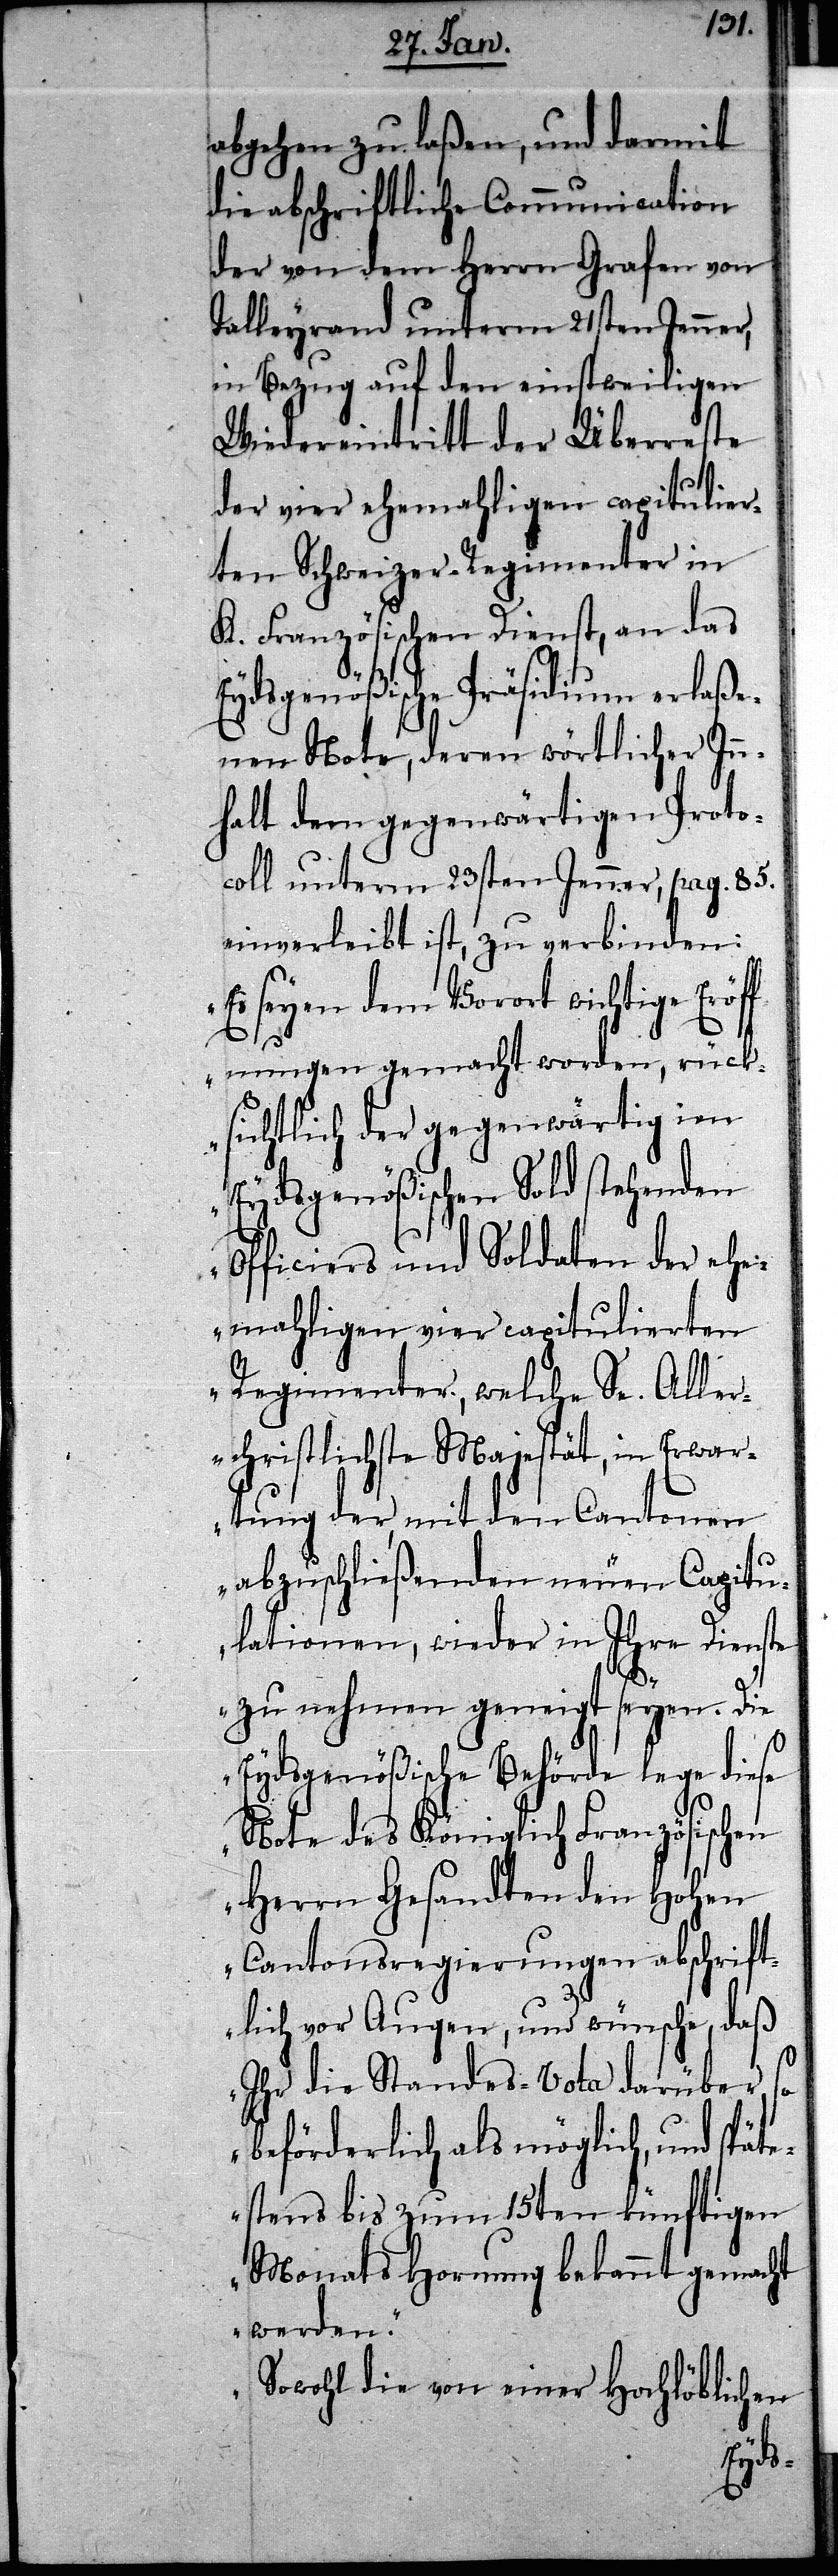
abgehen zu laßen, und darmit
die abschriftliche Communication
der von dem Herrn Grafen von
Talleyrand unterm 21sten Jenner,
in Bezug auf den einstweiligen
Wiedereintritt der Überreste
der vier ehemahligen capitulier¬
ten Schweizer-Regimenter in
K. Französischen Dienst, an das
Eydsgenößische Präsidium erlaße¬
nen Note, deren wörtlicher Inn¬
halt dem gegenwärtigen Proto¬
coll unterm 23sten Jenner, pag. 85.
einverleibt ist, zu verbinden:
„Es seyen dem Vorort wichtige Eröf¬
fnungen gemacht worden, rück¬
sichtlich der gegenwärtig im
Eydsgenößischen Sold stehenden
Officiers und Soldaten der ehe¬
mahligen vier capitulierten
Regimenter, welche Se. Aller¬
christlichste Majestät, in Erwar¬
tung der, mit den Cantonen
abzuschließenden neuen Capitu¬
lationen, wieder in Ihre Dienste
zu nehmen geneigt seyen. Die
Eydgenößische Behörde lege diese
Note des Königlich Französischen
Herrn Gesandten den Hohen
Canontsregierungen abschrift¬
lich vor Augen, und wünsche, daß
Ihr die Standes-Vota darüber,
beförderlich als möglich, und späte¬
stens bis zum 15ten künftigen
Monats Hornung bekannt gemacht
werden.
Sowohl die von einer Hochlöblichen